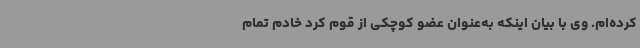
کرده‌ام. وی با بیان اینکه به‌عنوان عضو کوچکی از قوم کرد خادم تمام